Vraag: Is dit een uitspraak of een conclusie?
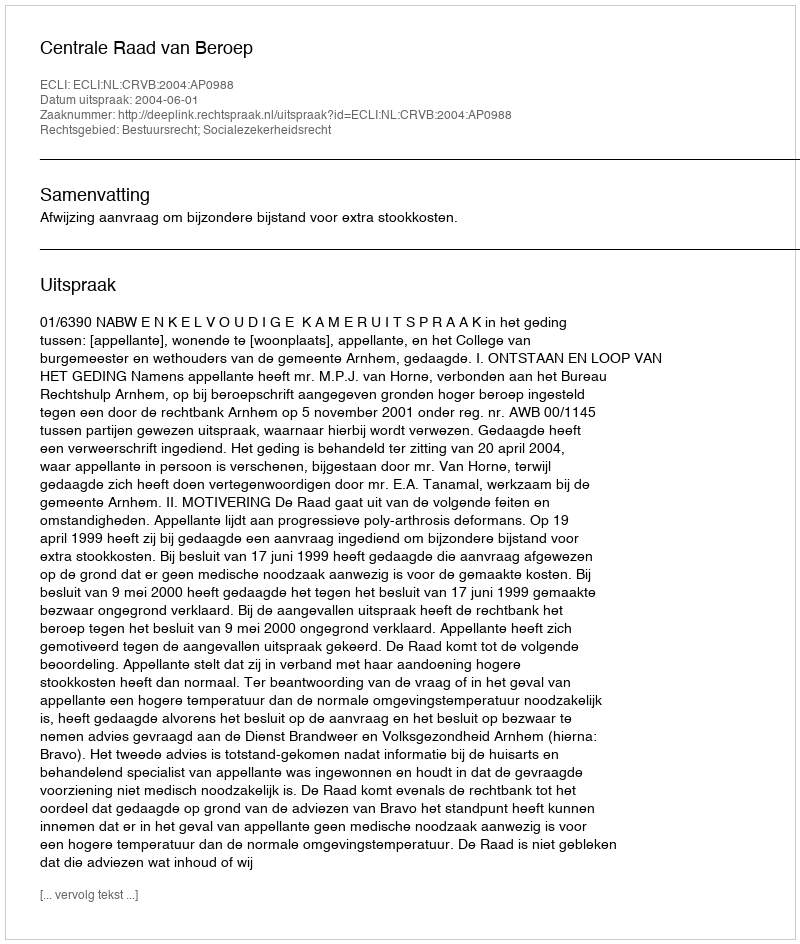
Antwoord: Uitspraak